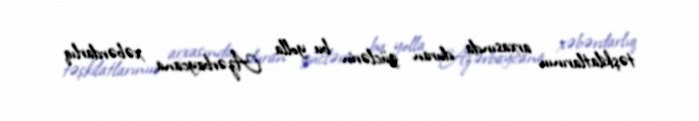
təşkilatlarının arxasında duran güclərin bu yolla Azərbaycana xəbərdarlıq